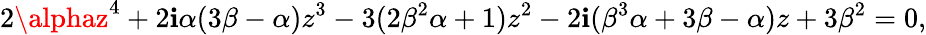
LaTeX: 2\alphaz^{4}+2\mathbf{i}\alpha(3\beta-\alpha)z^{3}-3(2\beta^{2}\alpha+1)z^{2}-2\mathbf{i}(\beta^{3}\alpha+3\beta-\alpha)z+3\beta^{2}=0,